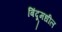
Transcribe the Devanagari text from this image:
बिंदूमधील